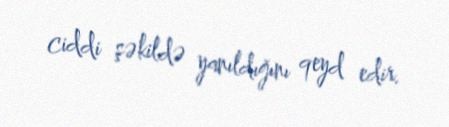
ciddi şəkildə yanıldığını qeyd edir.